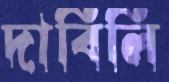
দাবিলি